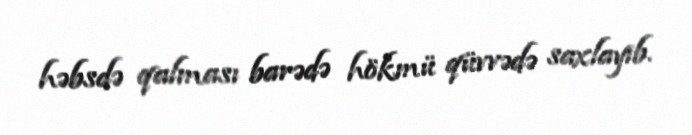
həbsdə qalması barədə hökmü qüvvədə saxlayıb.